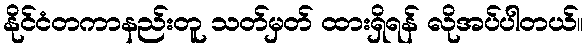
နိုင်ငံတကာနည်းတူ သတ်မှတ် ထားရှိရန် လိုအပ်ပါတယ်။